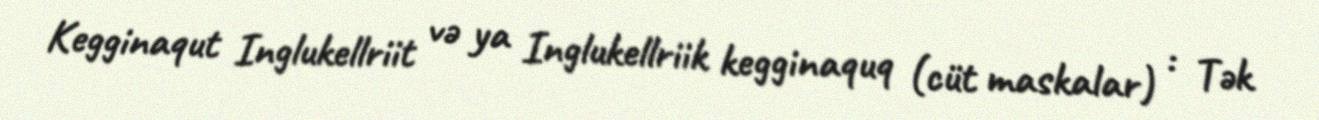
Kegginaqut Inglukellriit və ya Inglukellriik kegginaquq (cüt maskalar) : Tək